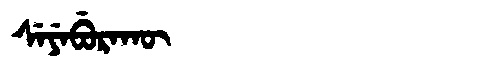
Manchu: ᠰᡝᠶᡝᠪᡠᡵᠠᡴᡡ
Romanization: SEYEBURAKŪ